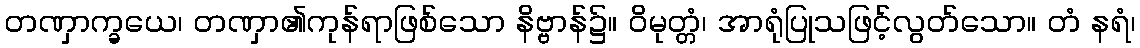
တဏှာက္ခယေ၊ တဏှာ၏ကုန်ရာဖြစ်သော နိဗ္ဗာန်၌။ ဝိမုတ္တံ၊ အာရုံပြုသဖြင့်လွတ်သော။ တံ နရံ၊